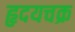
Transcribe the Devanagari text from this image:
हृदयचक्र